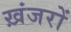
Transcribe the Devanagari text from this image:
ख़ंजरों